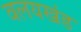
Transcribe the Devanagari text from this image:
वलयखंड